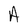
Character: A